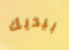
بيديك